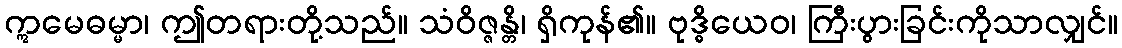
ဣမေဓမ္မာ၊ ဤတရားတို့သည်။ သံဝိဇ္ဇန္တိ၊ ရှိကုန်၏။ ဗုဒ္ဓိယေဝ၊ ကြီးပွားခြင်းကိုသာလျှင်။